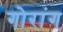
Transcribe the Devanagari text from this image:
गोरांग